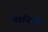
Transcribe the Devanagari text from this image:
मानिथम